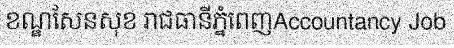
ខណ្ឌសែនសុខ រាជធានីភ្នំពេញAccountancy Job